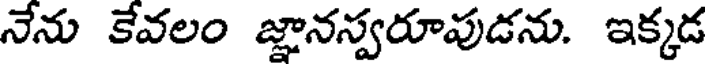
నేను కేవలం జ్ఞానస్వరూపుడను. ఇక్కడ